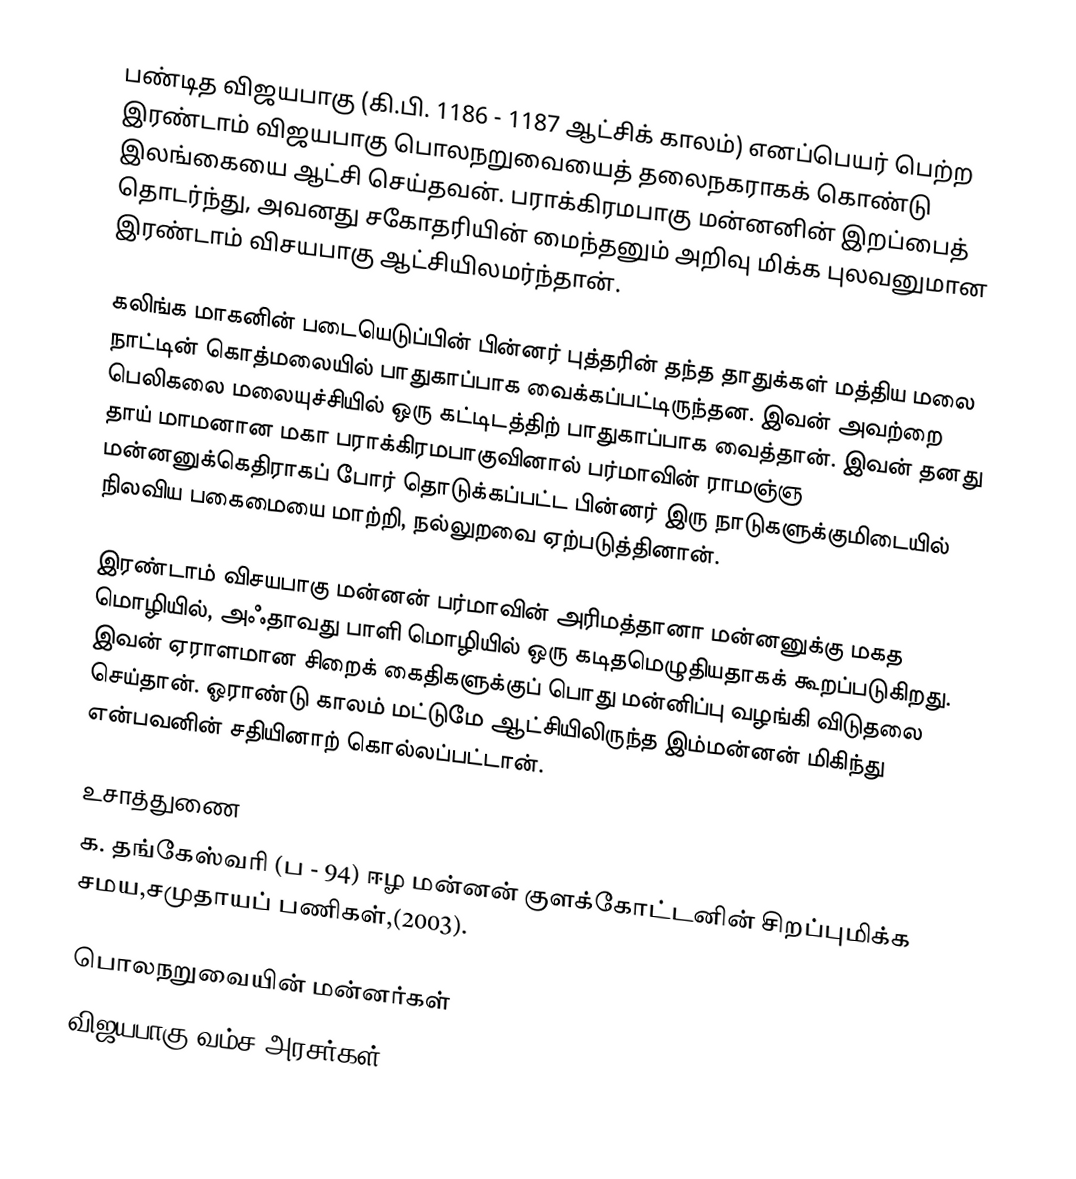
பண்டித விஜயபாகு (கி.பி. 1186 - 1187 ஆட்சிக் காலம்) எனப்பெயர் பெற்ற இரண்டாம் விஜயபாகு பொலநறுவையைத் தலைநகராகக் கொண்டு இலங்கையை ஆட்சி செய்தவன். பராக்கிரமபாகு மன்னனின் இறப்பைத் தொடர்ந்து, அவனது சகோதரியின் மைந்தனும் அறிவு மிக்க புலவனுமான இரண்டாம் விசயபாகு ஆட்சியிலமர்ந்தான்.

கலிங்க மாகனின் படையெடுப்பின் பின்னர் புத்தரின் தந்த தாதுக்கள் மத்திய மலை நாட்டின் கொத்மலையில் பாதுகாப்பாக வைக்கப்பட்டிருந்தன. இவன் அவற்றை பெலிகலை மலையுச்சியில் ஒரு கட்டிடத்திற் பாதுகாப்பாக வைத்தான். இவன் தனது தாய் மாமனான மகா பராக்கிரமபாகுவினால் பர்மாவின் ராமஞ்ஞ மன்னனுக்கெதிராகப் போர் தொடுக்கப்பட்ட பின்னர் இரு நாடுகளுக்குமிடையில் நிலவிய பகைமையை மாற்றி, நல்லுறவை ஏற்படுத்தினான்.

இரண்டாம் விசயபாகு மன்னன் பர்மாவின் அரிமத்தானா மன்னனுக்கு மகத மொழியில், அஃதாவது பாளி மொழியில் ஒரு கடிதமெழுதியதாகக் கூறப்படுகிறது. இவன் ஏராளமான சிறைக் கைதிகளுக்குப் பொது மன்னிப்பு வழங்கி விடுதலை செய்தான். ஓராண்டு காலம் மட்டுமே ஆட்சியிலிருந்த இம்மன்னன் மிகிந்து என்பவனின் சதியினாற் கொல்லப்பட்டான்.

உசாத்துணை
 க. தங்கேஸ்வரி (ப - 94) ஈழ மன்னன் குளக்கோட்டனின் சிறப்புமிக்க சமய,சமுதாயப் பணிகள்,(2003).

பொலநறுவையின் மன்னர்கள்
விஜயபாகு வம்ச அரசர்கள்